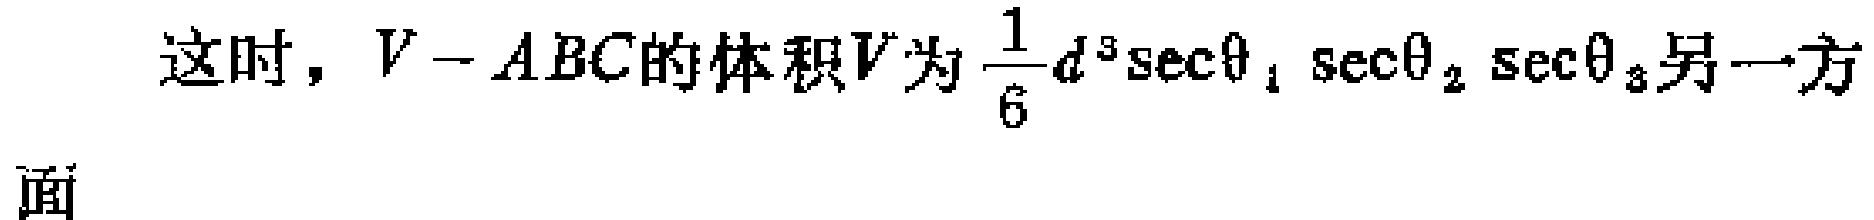
这时，\(V - ABC\)的体积\(V\)为\(\frac{1}{6}d^{3}\sec\theta_{1} \sec\theta_{2} \sec\theta_{3}\)另一方
面